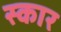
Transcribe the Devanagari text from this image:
स्‍कार